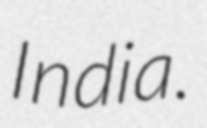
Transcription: India.